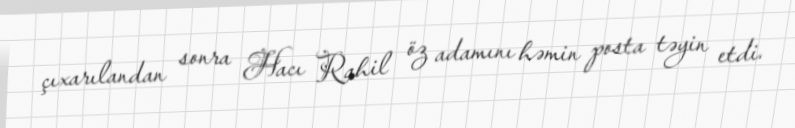
çıxarılandan sonra Hacı Rahil öz adamını həmin posta təyin etdi.